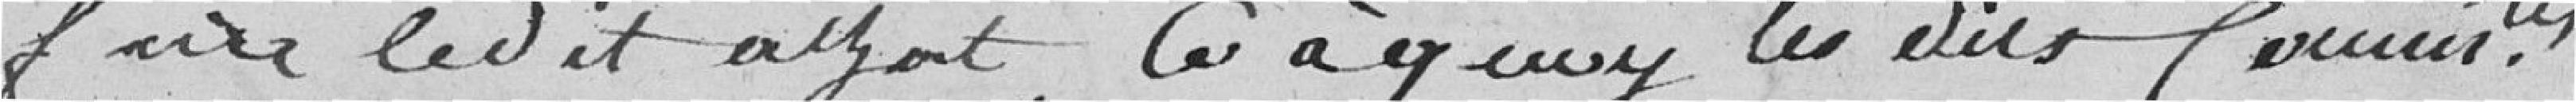
faire le dit achat, ce à quoi les dites communes